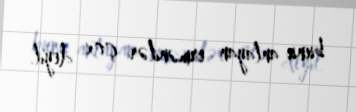
bunu anlayan ermənilər çox deyil.